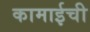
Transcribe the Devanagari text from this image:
कामाईची